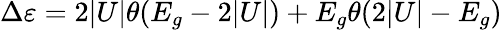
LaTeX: \Delta\varepsilon=2|U|\theta(E_{g}-2|U|)+E_{g}\theta(2|U|-E_{g})